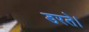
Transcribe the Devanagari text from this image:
डरते।